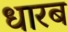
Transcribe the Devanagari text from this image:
धारब